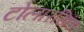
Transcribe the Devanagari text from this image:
टोलारखिंड